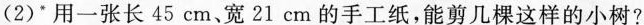
(2) * 用一张长45cm、宽21cm的手工纸，能剪几棵这样的小树?